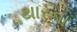
થારના